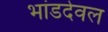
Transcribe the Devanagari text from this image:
भांडदेवल